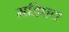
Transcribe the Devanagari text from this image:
महिपत